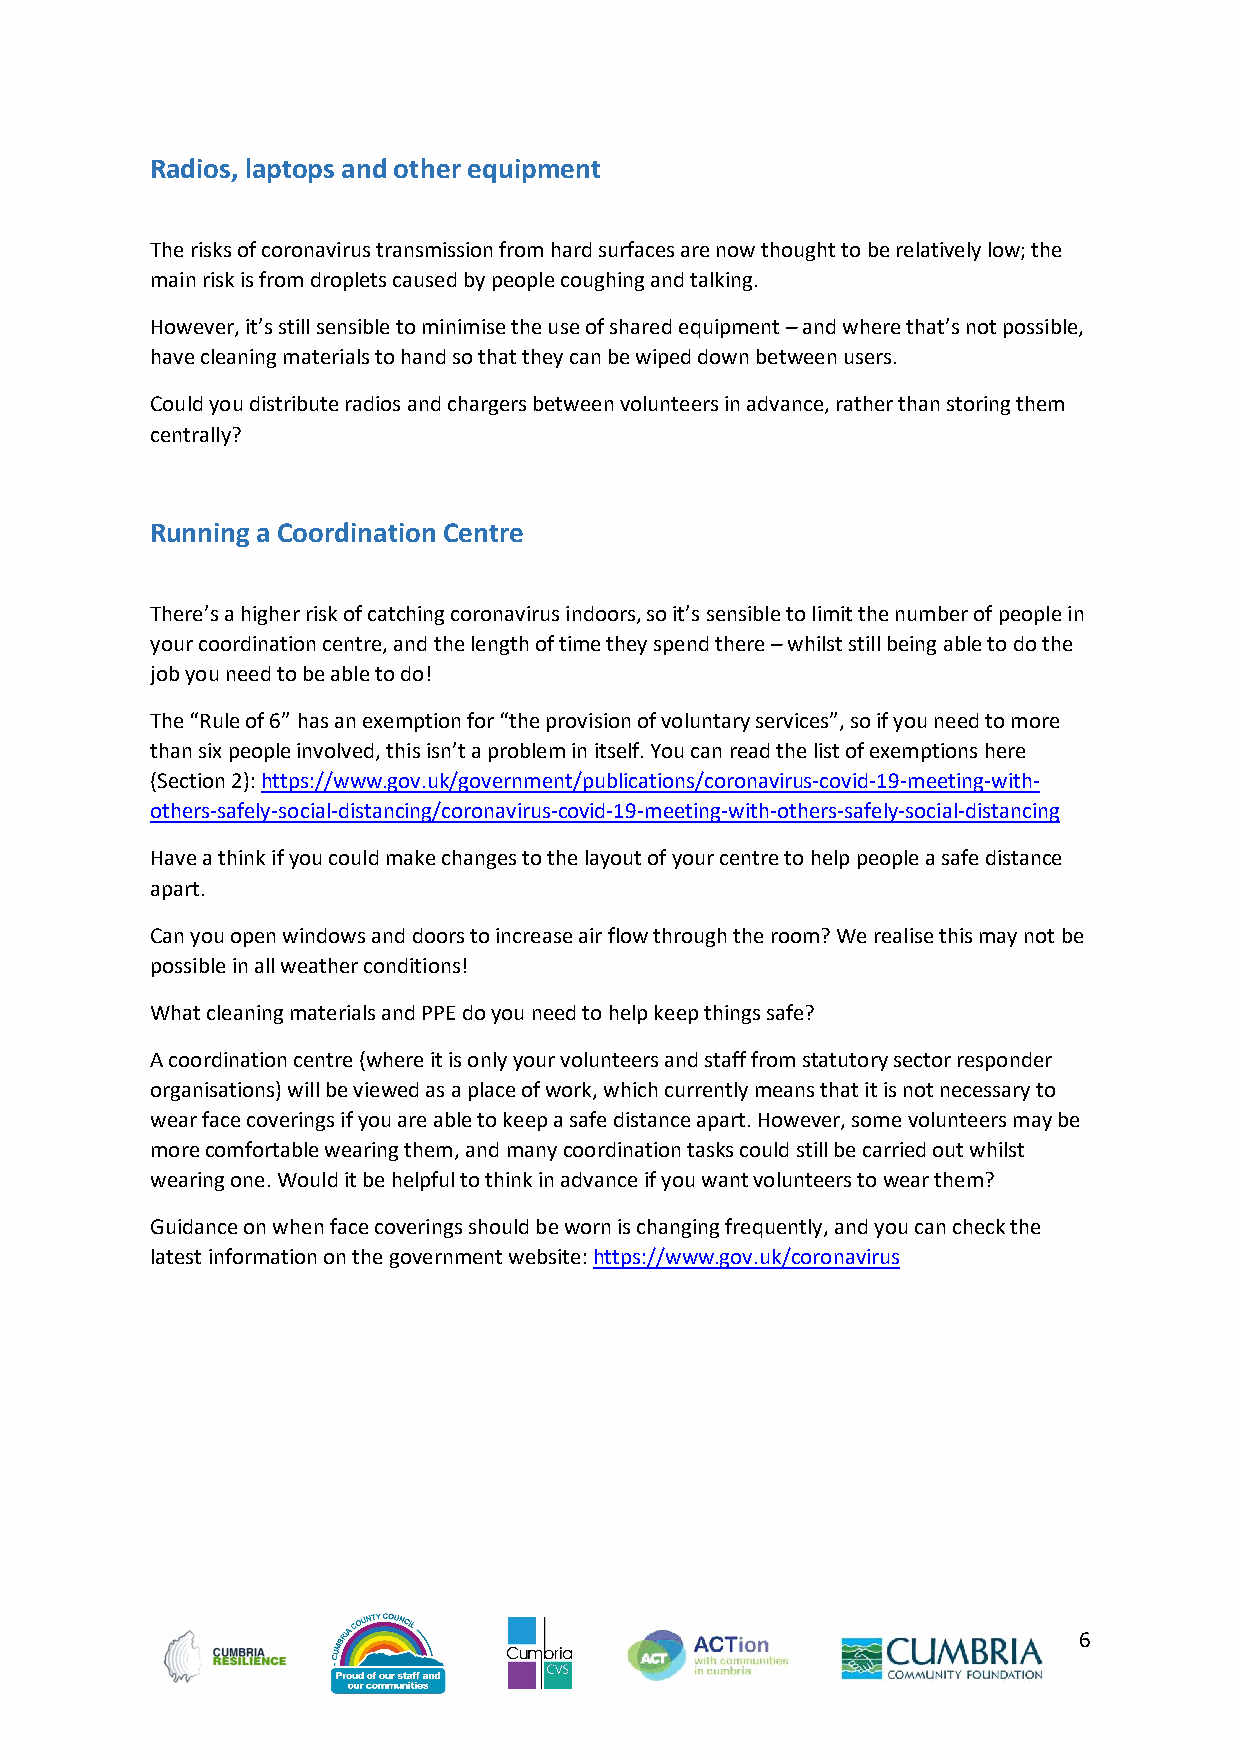
Radios, laptops and other equipment
 The risks of coronavirus transmission from hard surfaces are now thought to be relatively low; the
 main risk is from droplets caused by people coughing and talking.
 However, it’s still sensible to minimise the use of shared equipment – and where that’s not possible,
 have cleaning materials to hand so that they can be wiped down between users.
 Could you distribute radios and chargers between volunteers in advance, rather than storing them
 centrally?
 Running a Coordination Centre
 There’s a higher risk of catching coronavirus indoors, so it’s sensible to limit the number of people in
 your coordination centre, and the length of time they spend there – whilst still being able to do the
 job you need to be able to do!
 The “Rule of 6” has an exemption for “the provision of voluntary services”, so if you need to more
 than six people involved, this isn’t a problem in itself. You can read the list of exemptions here
 (Section 2): https://www.gov.uk/government/publications/coronavirus-covid-19-meeting-with-
 others-safely-social-distancing/coronavirus-covid-19-meeting-with-others-safely-social-distancing
 Have a think if you could make changes to the layout of your centre to help people a safe distance
 apart.
 Can you open windows and doors to increase air flow through the room? We realise this may not be
 possible in all weather conditions!
 What cleaning materials and PPE do you need to help keep things safe?
 A coordination centre (where it is only your volunteers and staff from statutory sector responder
 organisations) will be viewed as a place of work, which currently means that it is not necessary to
 wear face coverings if you are able to keep a safe distance apart. However, some volunteers may be
 more comfortable wearing them, and many coordination tasks could still be carried out whilst
 wearing one. Would it be helpful to think in advance if you want volunteers to wear them?
 Guidance on when face coverings should be worn is changing frequently, and you can check the
 latest information on the government website: https://www.gov.uk/coronavirus
 6